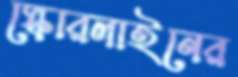
স্কোরলাইনের